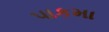
પાકમા